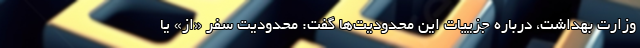
وزارت بهداشت، درباره جزییات این محدودیت‌ها گفت: محدودیت سفر «از» یا